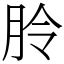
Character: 朎